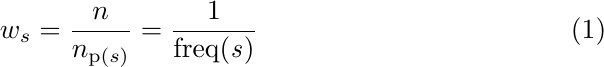
\begin{align}
        w_s = \frac{n}{n_{\text{p($s$)}}} = \frac{1}{\text{freq(\textit{s})}}
\end{align}